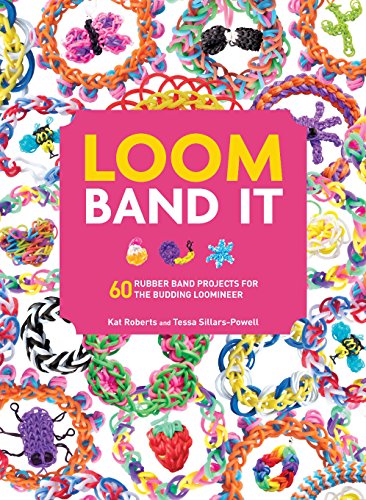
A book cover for Loom Band It: 60 Rubberband Projects for the Budding Loomineer; Kat Roberts; Crafts, Hobbies & Home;